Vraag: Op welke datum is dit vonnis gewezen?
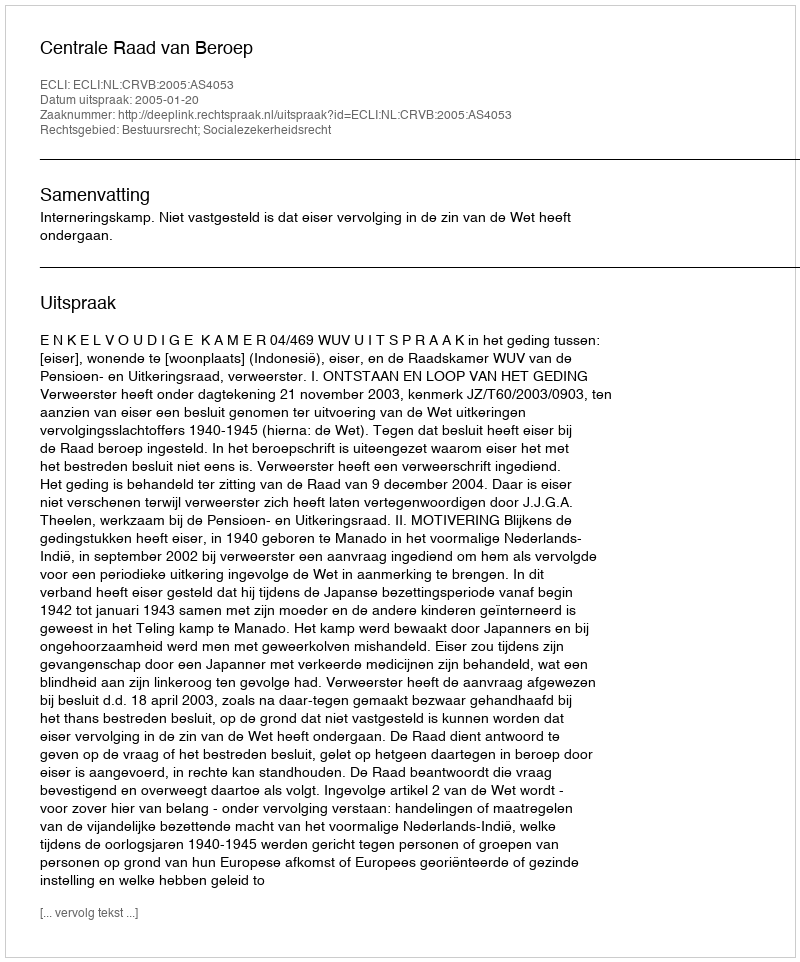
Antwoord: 2005-01-20